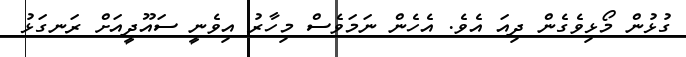
ގުޅުން މޯޅިވެގެން ދިއަ އެވެ. އެހެން ނަމަވެސް މިހާރު އިވެނީ ސައޫދީއަށް ރަނގަޅު